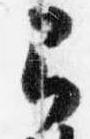
弓